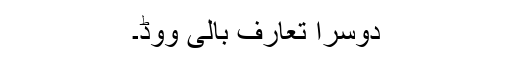
دوسرا تعارف بالی ووڈ۔